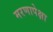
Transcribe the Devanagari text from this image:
मरणापेक्षा